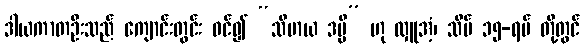
ဒါယကာတဦးသည် ကျောင်းတွင်း ဝင်၍ “သီမာယ ဒမ္မိ” ဟု လှူအံ့၊ သိမ် ၁၅-ရပ် တို့တွင်